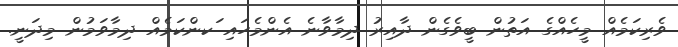
ވެރިކަމެއް މީހެއްގެ އަތުން ބީވެގެން ދާއިރު ދިމާވާނެ އެންމެހައި ަކންކަމެއް ދިމާވަމުން މިދަނީ.